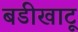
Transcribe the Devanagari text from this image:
बडीखाटू